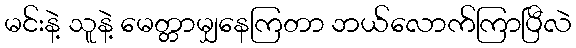
မင်းနဲ့ သူနဲ့ မေတ္တာမျှနေကြတာ ဘယ်လောက်ကြာပြီလဲ